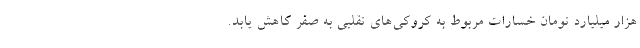
هزار میلیارد تومان خسارات مربوط به کروکی‌های تقلبی به صفر کاهش یابد.